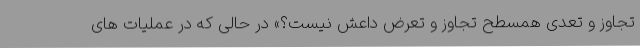
تجاوز و تعدی همسطح تجاوز و تعرض داعش نیست؟» در حالی که در عملیات های